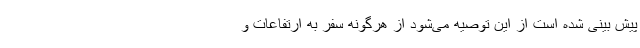
پیش بینی شده است از این توصیه می‌شود از هرگونه سفر به ارتفاعات و